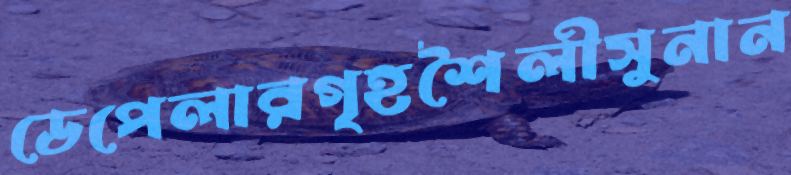
ডেপেলারগৃহশৈলীসুনান